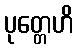
ပုတ္တေဟိ